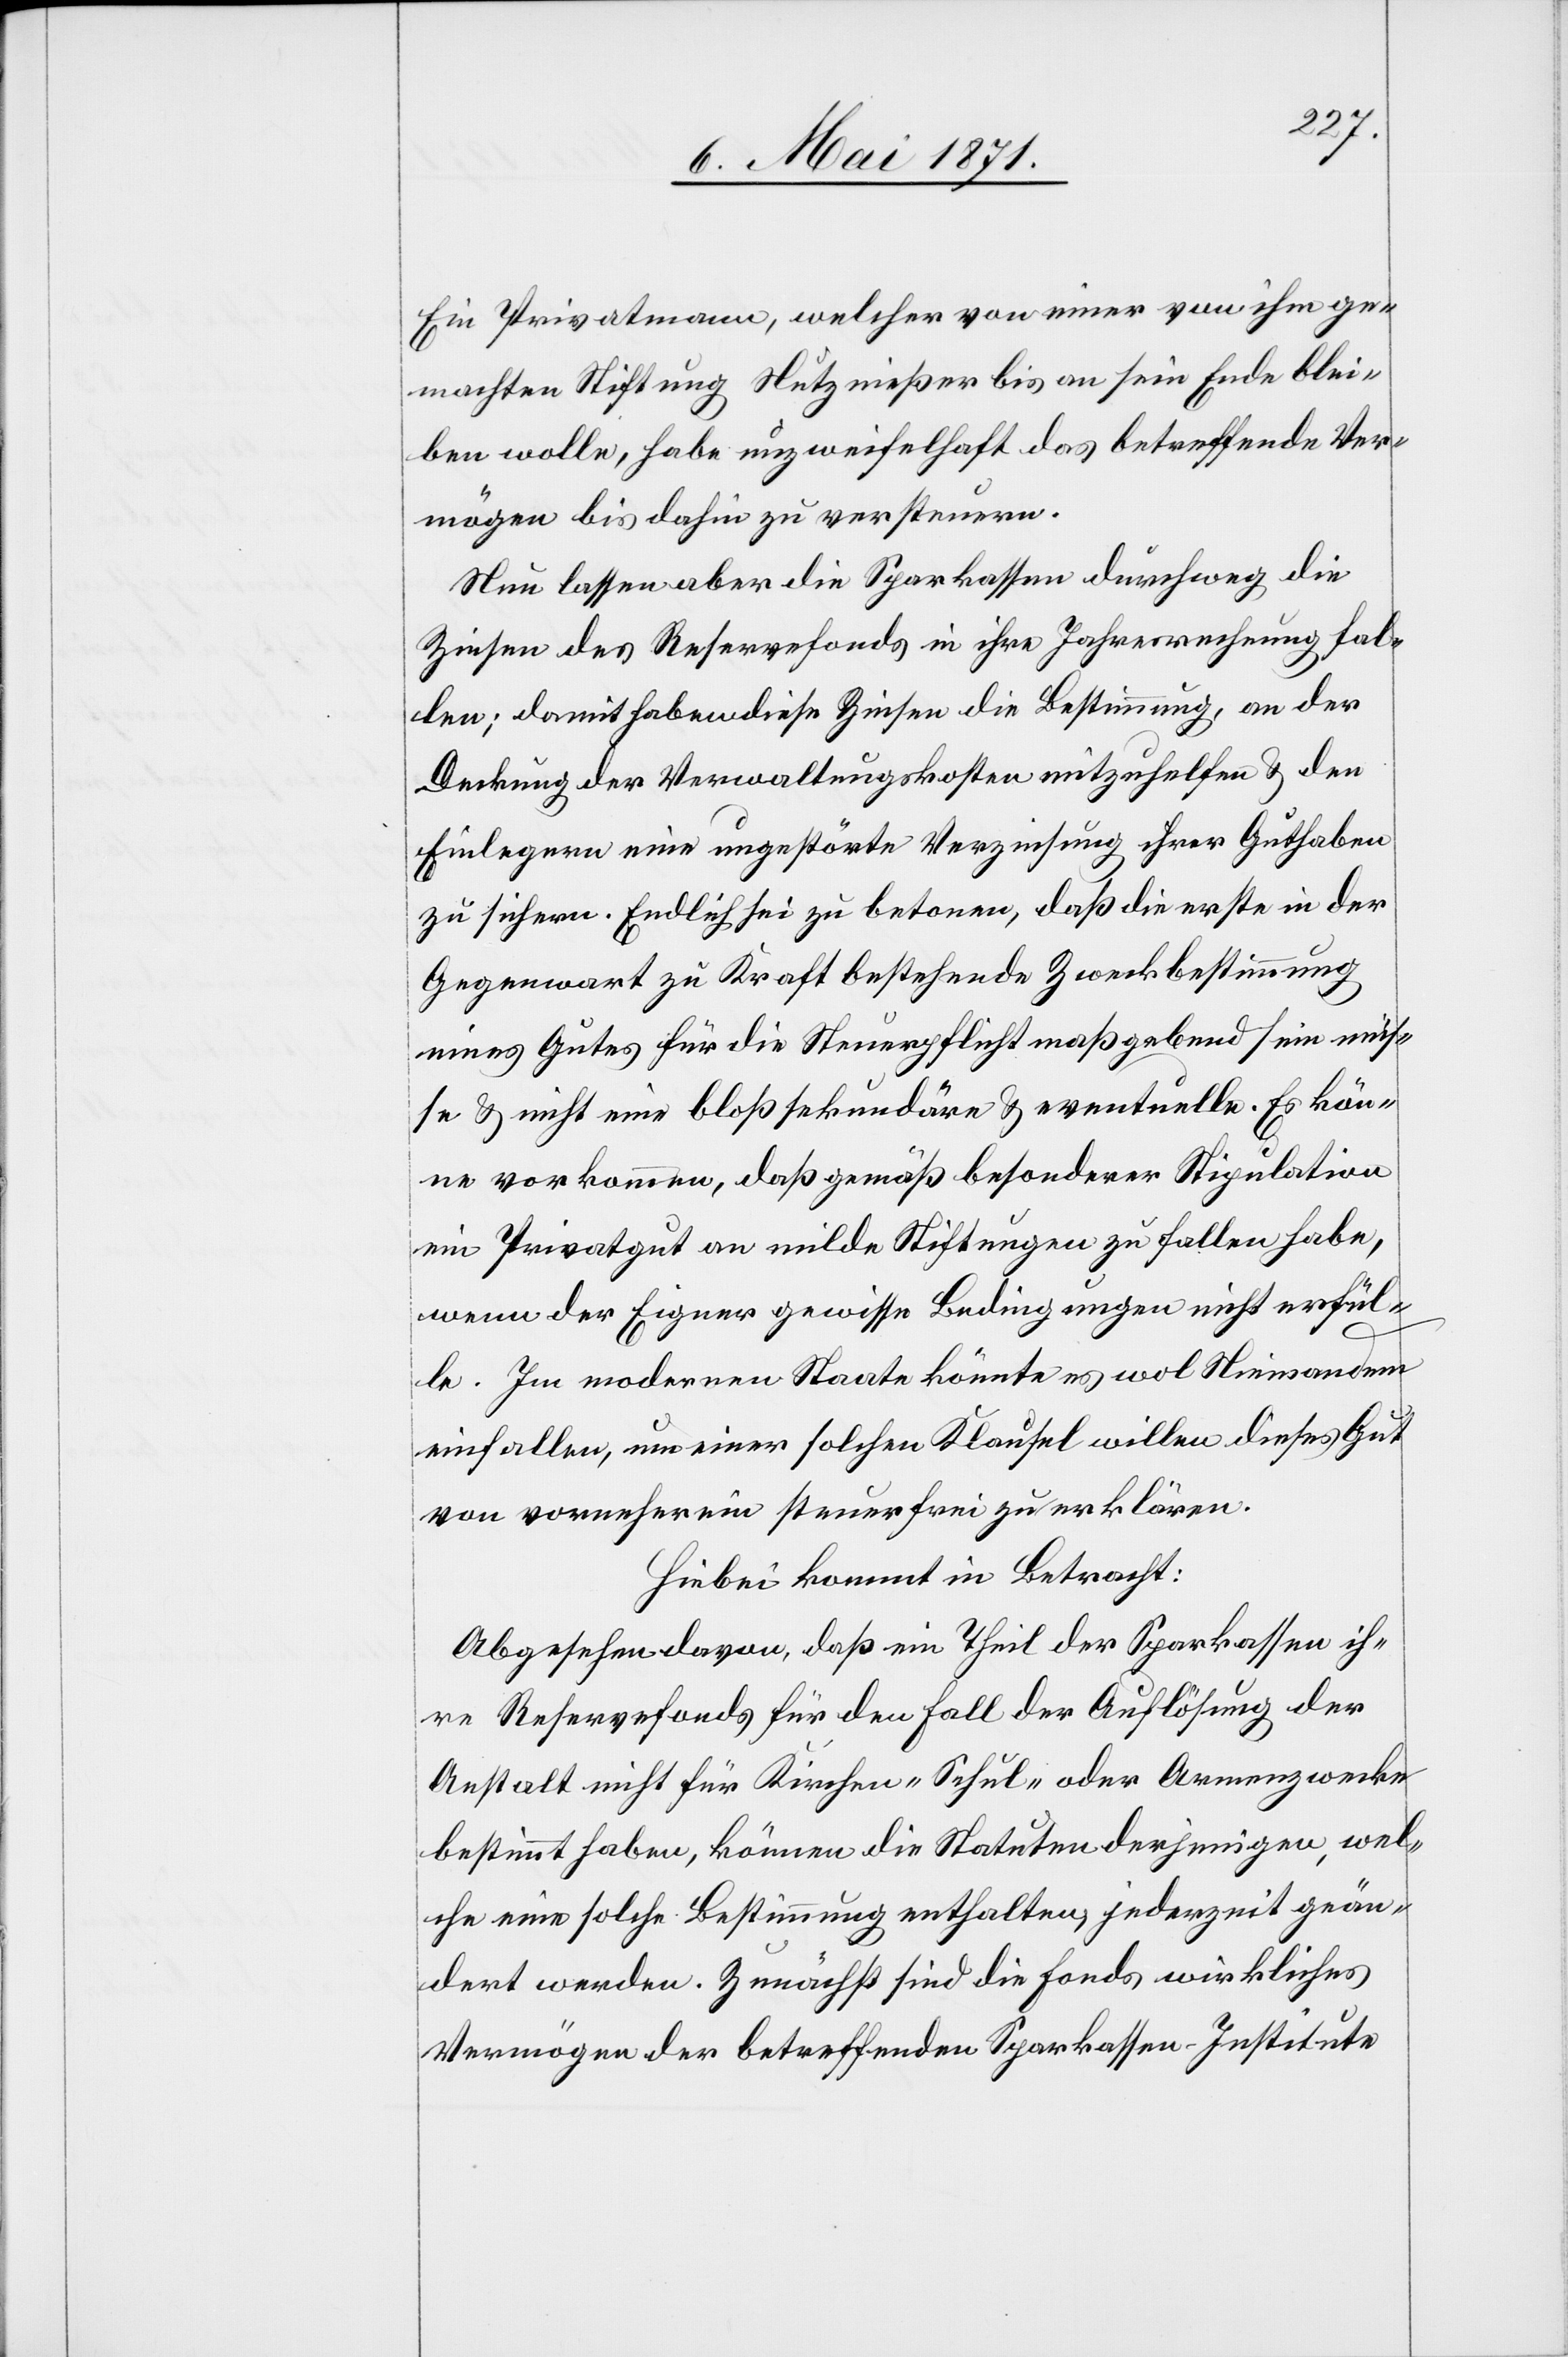
Ein Privatmann, welcher von einer von ihm ge¬
machten Stiftung Nutznießer bis an sein Ende blei¬
ben wolle, habe unzweifelhaft das betreffende Ver¬
mögen bis dahin zu versteuern.
Nun lassen aber die Sparkassen durchweg die
Zinsen des Reservefonds in ihre Jahresrechnung fal¬
len; damit haben diese Zinsen die Bestimmung, an der
Deckung der Verwaltungskosten mitzuhelfen u. den
Einlegern eine ungestörte Verzinsung ihrer Guthaben
zu sichern. Endlich sei zu betonen, daß die erste in der
Gegenwart zu Kraft bestehende Zweckbestimmung
eines Gutes für die Steuerpflicht maßgebend sein müs¬
se u. nicht eine bloß sekundäre u. eventuelle. Es kön¬
ne vorkommen, daß gemäß besonderer Stipulation
ein Privatgut an milde Stiftungen zu fallen habe,
wenn der Eigner gewisse Bedingungen nicht erfül¬
le. Im modernen Staate könnte es wol Niemandem
einfallen, um einer solchen Klausel willen dieses Gut
von vorneherein steuerfrei zu erklären.
Hiebei kommt in Betracht:
Abgesehen davon, daß ein Theil der Sparkassen ih¬
re Reservefonds für den Fall der Auflösung der
Anstalt nicht für Kirchen-[,] Schul- oder Armenzwecke
bestimmt haben, können die Statuten derjenigen, wel¬
che eine solche Bestimmung enthalten, jederzeit geän¬
derte werden. Zunächst sind die Fonds wirkliches
Vermögen der betreffenden Sparkassen-Institute